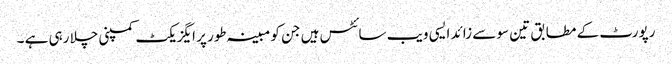
رپورٹ کے مطابق تین سو سے زائد ایسی ویب سائٹس ہیں جن کو مبینہ طور پر ایگزیکٹ کمپنی چلا رہی ہے ۔